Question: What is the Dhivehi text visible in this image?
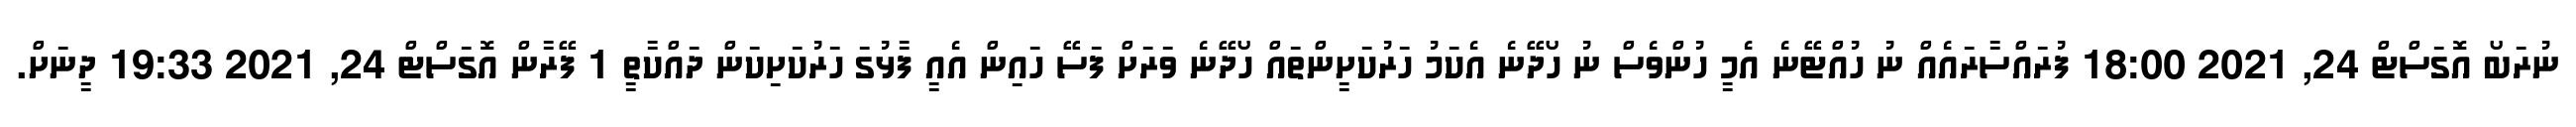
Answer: ނުރަބޯ އޮގަސްޓް 24, 2021 18:00 ފުރައްސާރައެއް ނު ހުއްޓޭނެ އެމީ ހުންވެސް ނު ހޯދޭނެ އެކަމު ހަރުކަށީންތައް ހޯދޭނެ ވަރަށް ފަސޭ ހައިން އެއީ ފާޅުގަ ހަރުކަށިކަން ދައްކާތީ 1 ފޭރާން އޮގަސްޓް 24, 2021 19:33 ދީނަށް.